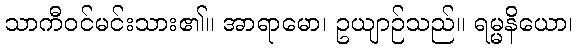
သာကီဝင်မင်းသား၏။ အာရာမော၊ ဥယျာဉ်သည်။ ရမ္မနိယော၊